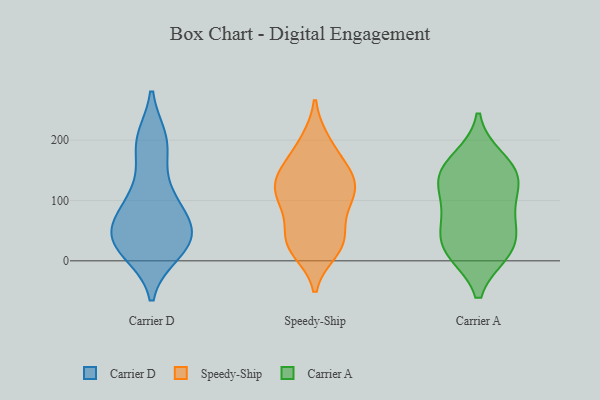
{"axis": {"x": "Budget (USD K)", "y": "Value"}, "legend": ["Carrier A", "Carrier D", "Speedy-Ship"], "data": [{"x": "", "y": 118, "type": "Carrier D"}, {"x": "", "y": 87, "type": "Carrier D"}, {"x": "", "y": 191, "type": "Carrier D"}, {"x": "", "y": 57, "type": "Carrier D"}, {"x": "", "y": 56, "type": "Carrier D"}, {"x": "", "y": 24, "type": "Carrier D"}, {"x": "", "y": 31, "type": "Carrier D"}, {"x": "", "y": 15, "type": "Carrier D"}, {"x": "", "y": 196, "type": "Carrier D"}, {"x": "", "y": 55, "type": "Carrier D"}, {"x": "", "y": 200, "type": "Carrier D"}, {"x": "", "y": 39, "type": "Carrier D"}, {"x": "", "y": 23, "type": "Carrier D"}, {"x": "", "y": 103, "type": "Carrier D"}, {"x": "", "y": 104, "type": "Speedy-Ship"}, {"x": "", "y": 146, "type": "Speedy-Ship"}, {"x": "", "y": 157, "type": "Speedy-Ship"}, {"x": "", "y": 139, "type": "Speedy-Ship"}, {"x": "", "y": 35, "type": "Speedy-Ship"}, {"x": "", "y": 87, "type": "Speedy-Ship"}, {"x": "", "y": 17, "type": "Speedy-Ship"}, {"x": "", "y": 32, "type": "Speedy-Ship"}, {"x": "", "y": 198, "type": "Speedy-Ship"}, {"x": "", "y": 39, "type": "Speedy-Ship"}, {"x": "", "y": 119, "type": "Speedy-Ship"}, {"x": "", "y": 100, "type": "Speedy-Ship"}, {"x": "", "y": 157, "type": "Speedy-Ship"}, {"x": "", "y": 124, "type": "Speedy-Ship"}, {"x": "", "y": 127, "type": "Speedy-Ship"}, {"x": "", "y": 197, "type": "Speedy-Ship"}, {"x": "", "y": 37, "type": "Speedy-Ship"}, {"x": "", "y": 95, "type": "Speedy-Ship"}, {"x": "", "y": 19, "type": "Speedy-Ship"}, {"x": "", "y": 151, "type": "Carrier A"}, {"x": "", "y": 168, "type": "Carrier A"}, {"x": "", "y": 130, "type": "Carrier A"}, {"x": "", "y": 143, "type": "Carrier A"}, {"x": "", "y": 20, "type": "Carrier A"}, {"x": "", "y": 77, "type": "Carrier A"}, {"x": "", "y": 76, "type": "Carrier A"}, {"x": "", "y": 15, "type": "Carrier A"}, {"x": "", "y": 124, "type": "Carrier A"}, {"x": "", "y": 44, "type": "Carrier A"}, {"x": "", "y": 16, "type": "Carrier A"}]}